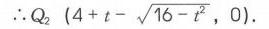
\(\therefore Q_{2}\left(4 + t-\sqrt{16 - t^{2}},0\right)\)